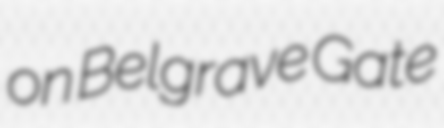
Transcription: on Belgrave Gate